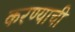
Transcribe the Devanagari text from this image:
करण्याची